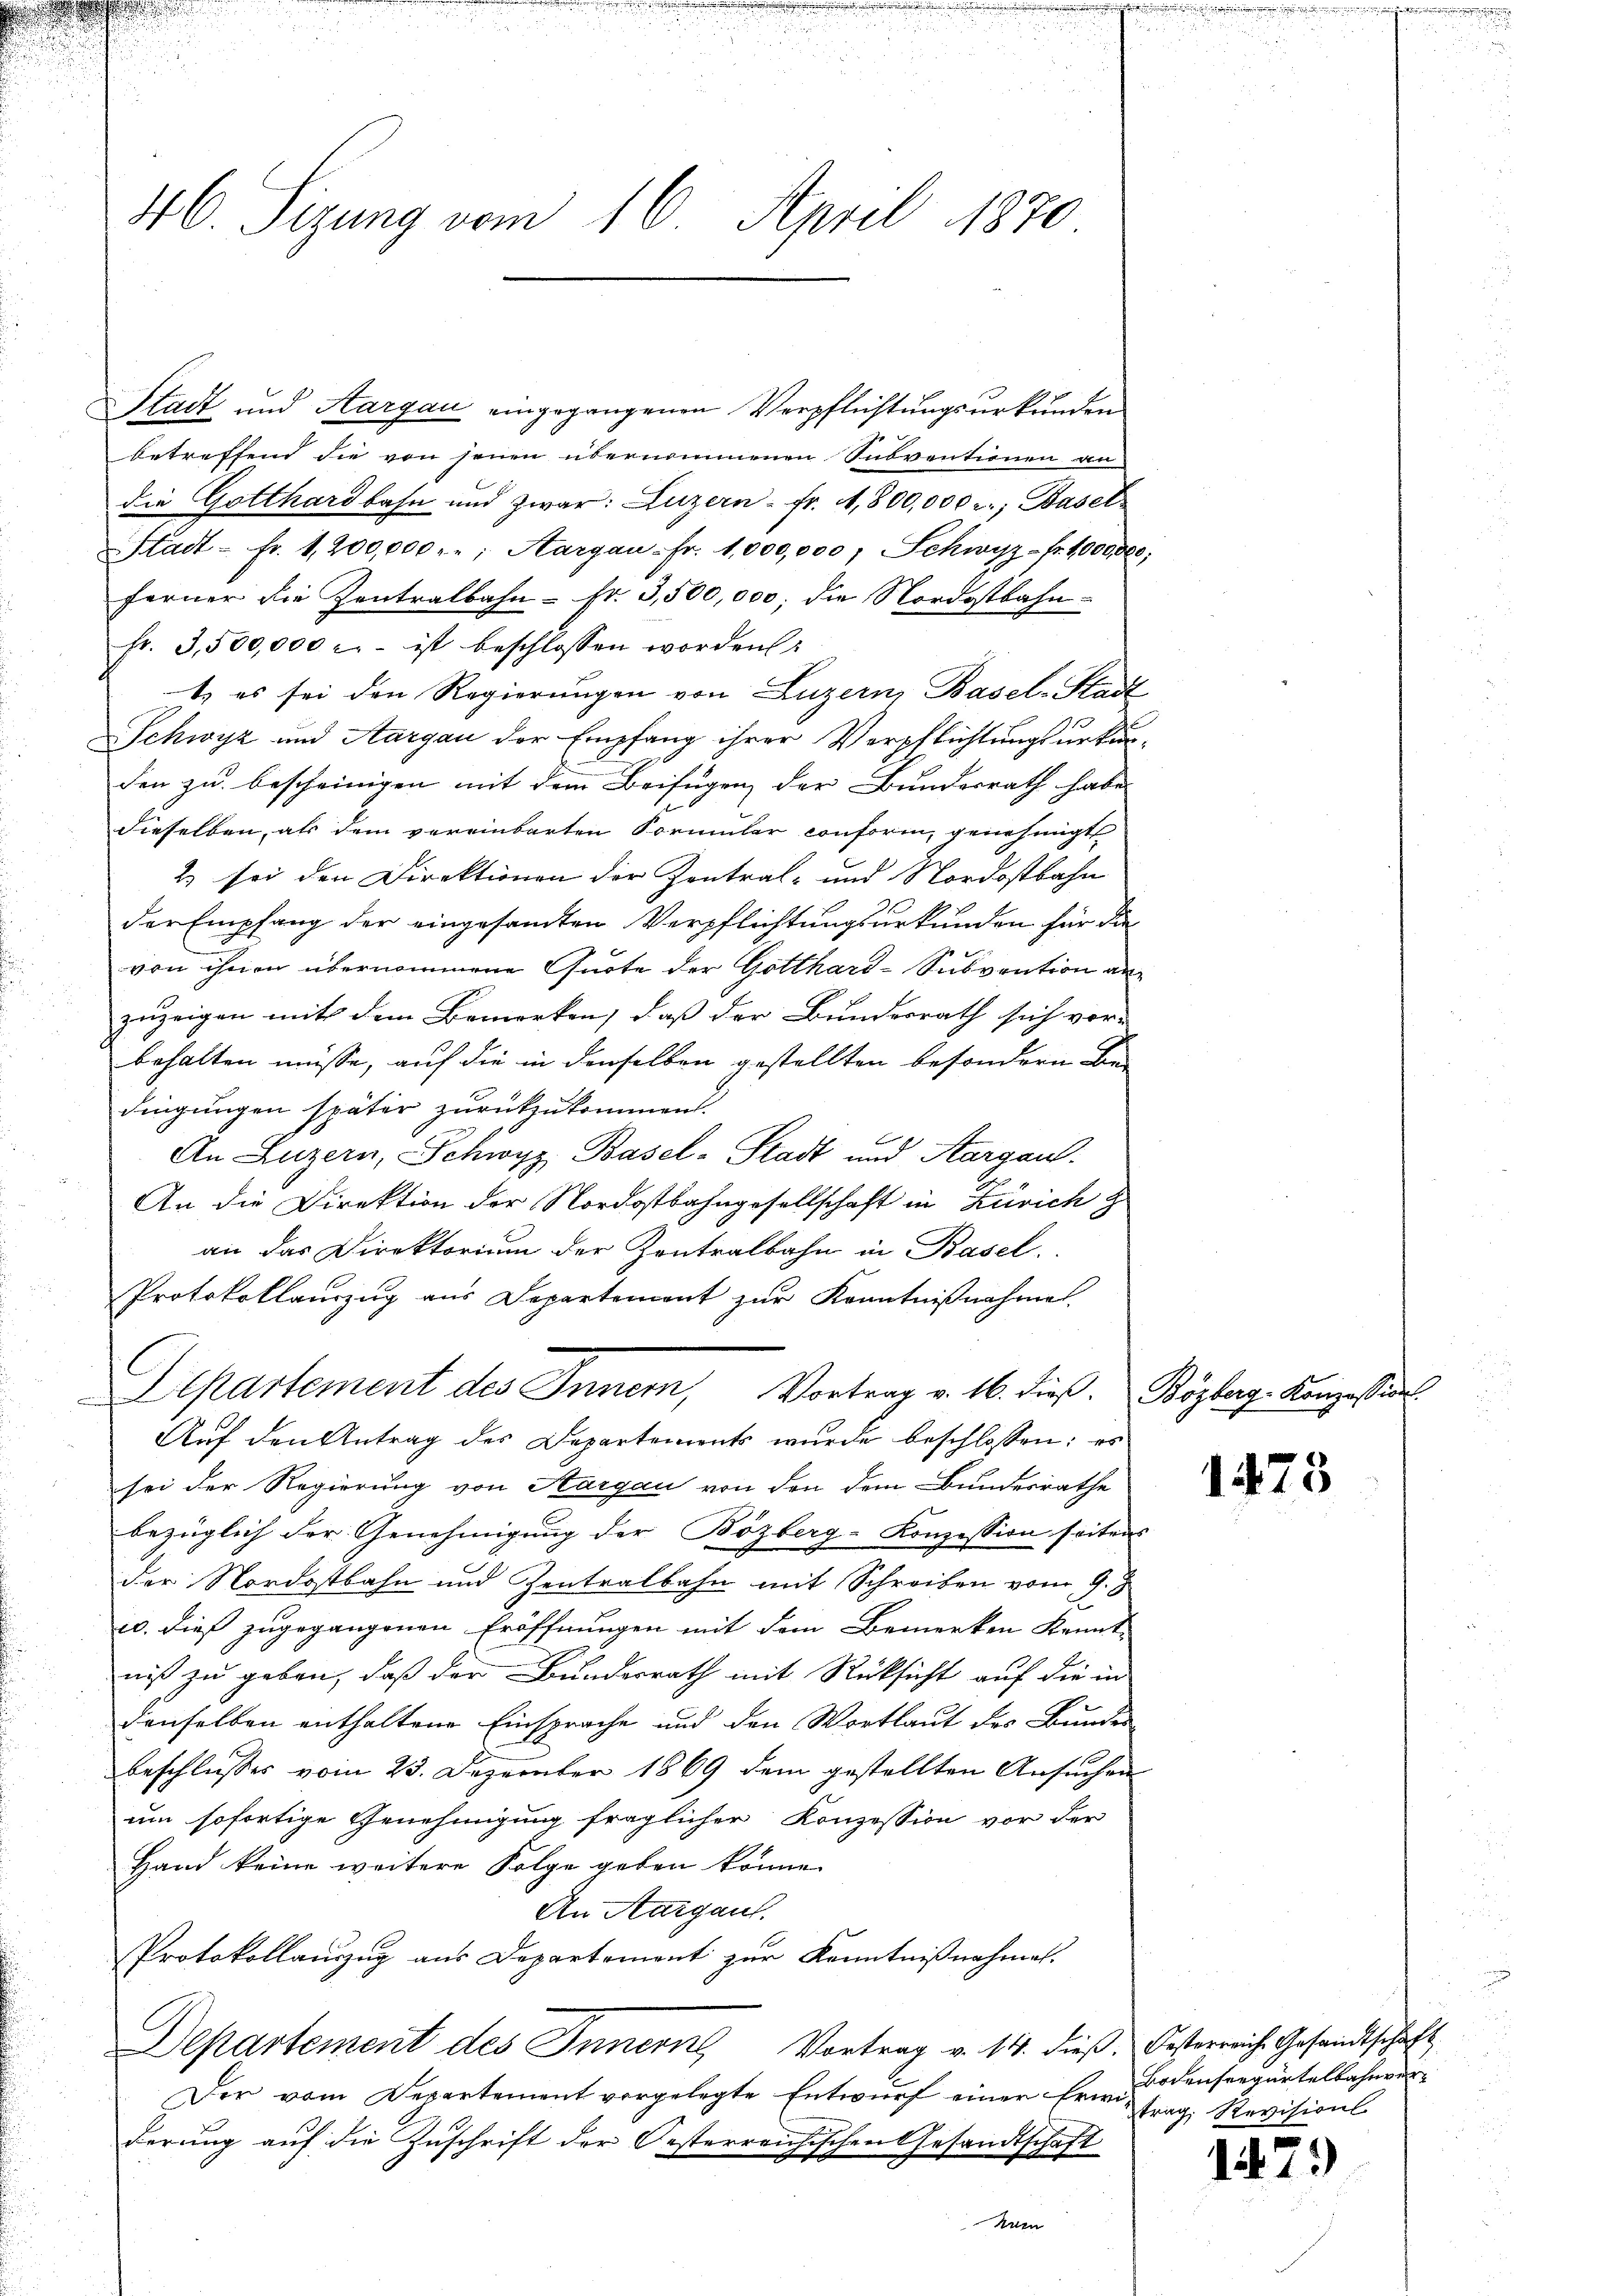
Stadt und Aargau eingegangenen Verpflichtungsurkunden
betreffend die von jenen übernommenen Subventionen a
die Gotthardbahn und zwar: Luzern fr. A,800,000 r. Basel
Stadt - Fr. 1,200,000 f.; Aargau-Fr. 1,000,000, Schwyz-Fr. 1000000.
ferner die Zentralbahn- fr. 3,500,000; die Nordostbahn-
fr. 3,500,000 r. - ist beschlossen worden:
t. es sei den Regierungen von Luzern, Basel-Stadt
Schwyz und Aargau der Empfang ihrer Verpflichtungsurkunden zu bescheinigen mit dem Beifügen der Bundesrath habe
dieselben, als dem vereinbarten Formular conform, genehmigt
2) sei den Direktionen der Zentral- und Nordostbahn
der Empfang der eingesamten Verpflichtungsurkunden für die
von ihnen übernommene Quote der Gotthard-Subvention anzuzeigen mit dem Bemerken, daß der Bundesrath sich vor-
behalten müsse, auf die in denselben gestellten besondern Bedingungen später zurückzukommen.
An Luzern, Schwyz Basel-Stadt und Aargau.
An die Direktion der Nordostbahngesellschaft in Zürich z
an das Direktorium der Zentralbahn in Basel.
Protokollauszug aus Departement zur Kenntnißnahmen.
Departement des Inner, Vortrag v. 16. dieß. Bözberg-Konzession
Auf den Antrag des Departements wurde beschlossen: es
sei der Regierung von Aargau von den dem Bundesrathe
bezüglich der Genehmigung der Bözberg-Konzession seitens
der Nordostbahn und Zentralbahn mit Schreiben vom 9. J
20. dieß zugegangenen Eröffnungen mit dem Bemerken Kennt-
niß zu geben, daß der Bundesrath mit Rücksicht auf die in
denselben enthaltene Einsprache und den Wortlaut des Bunde
beschlusses vom 23. Dezember 1869 dem gestellten Ansuchen
um sofortige Genehmigung fraglicher Konzession vor der
Hand keine weitere Folge geben könne.
An Aargau.
Protokollauszug aus Departement zur Kenntnißnahme.
Departement des Innern Vortrag v. 14. dieß. Oesterreiche Gesandtschaft
Der vom Departement vorgelegte Entwurf einer Erwiderung auf die Zuschrift der Oesterreichischen Gesandtschaft
Hurn

46. Sizung vom 16. April 1870

e

e

1475

Bodenseegartelbahnvertrag Revision

17.)